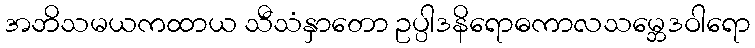
အဘိသမယကထာယ သီသံနှာတော ဥပ္ပါဒနိရောဓကာလသမ္ဘေဒဝါရော